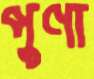
পুণা